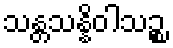
သန္တသန္နိဝါသဉ္စ